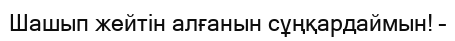
Шашып жейтін алғанын сұңқардаймын! –